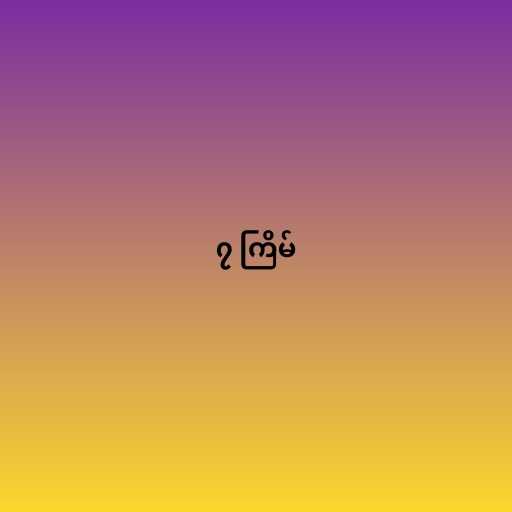
၇ ကြိမ်